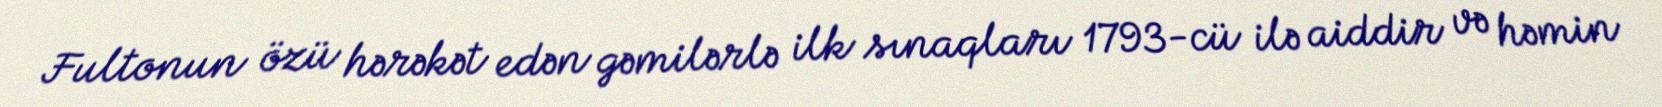
Fultonun özü hərəkət edən gəmilərlə ilk sınaqları 1793-cü ilə aiddir və həmin